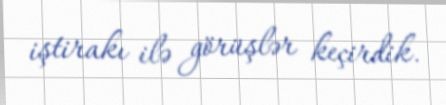
iştirakı ilə görüşlər keçirdik.